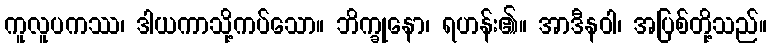
ကူလူပကဿ၊ ဒါယကာသို့ကပ်သော။ ဘိက္ခုနော၊ ရဟန်း၏။ အာဒီနဝါ၊ အပြစ်တို့သည်။